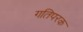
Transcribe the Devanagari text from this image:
गतिपरक